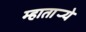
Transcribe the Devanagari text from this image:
म्हातार्‍ये